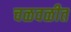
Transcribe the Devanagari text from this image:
चळवळीत